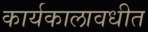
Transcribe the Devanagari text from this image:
कार्यकालावधीत